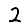
Digit: 2